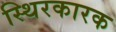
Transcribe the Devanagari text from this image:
स्थिरकारक